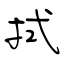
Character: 拭